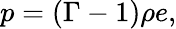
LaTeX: p=(\Gamma-1)\rho e,